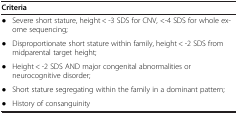
<table><thead><tr><td colspan="2"><b>Criteria</b></td></tr></thead><tbody><tr><td>●</td><td>Severe short stature, height &lt; -3 SDS for CNV, &lt;-4 SDS for whole exome sequencing;</td></tr><tr><td>●</td><td>Disproportionate short stature within family, height &lt; -2 SDS from midparental target height;</td></tr><tr><td>●</td><td>Height &lt; -2 SDS AND major congenital abnormalities or neurocognitive disorder;</td></tr><tr><td>●</td><td>Short stature segregating within the family in a dominant pattern;</td></tr><tr><td>●</td><td>History of consanguinity</td></tr></tbody></table>